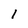
Character: 1